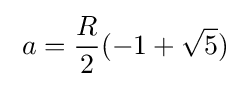
\;a={\frac {R}{2}}(-1+{\sqrt {5}})